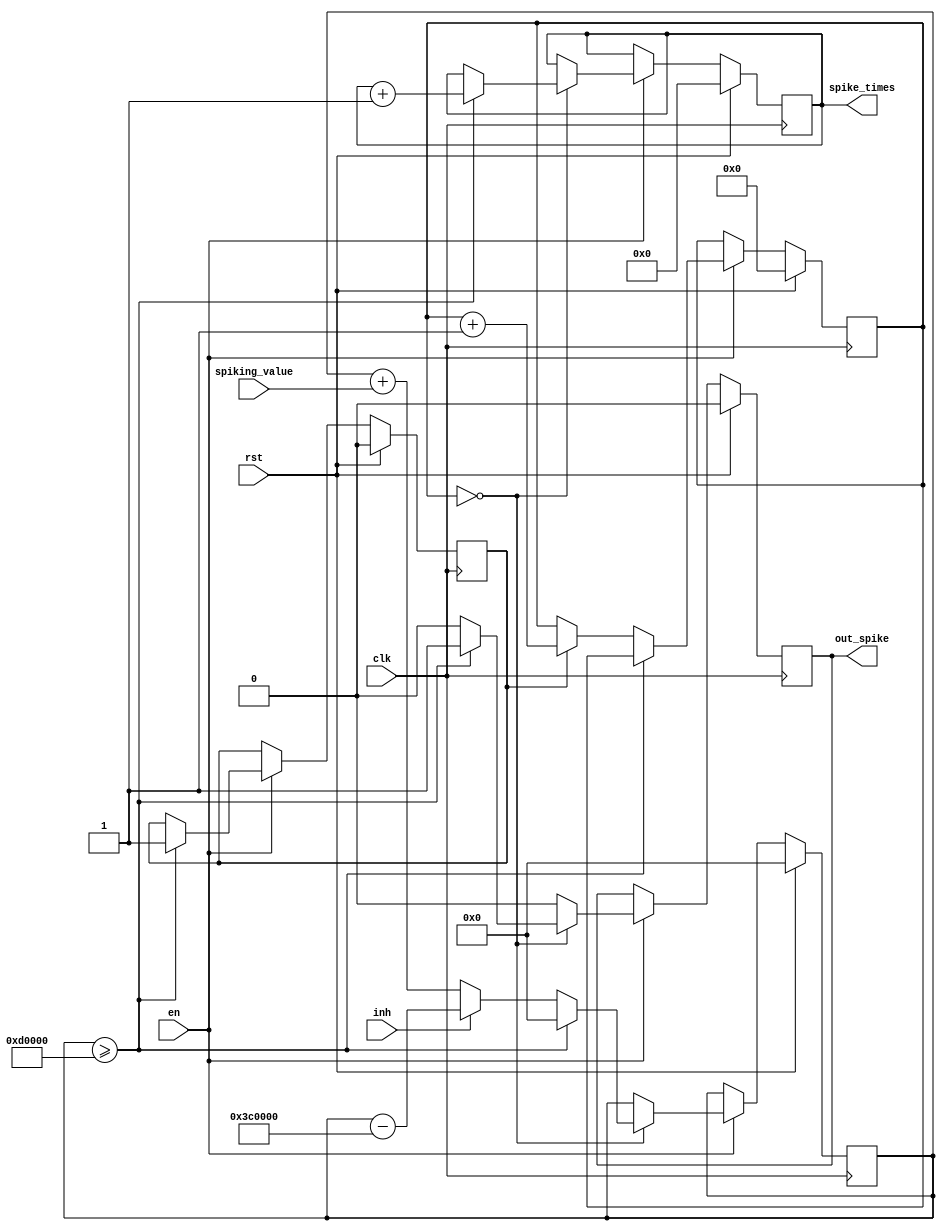
module exc_neuron #(
    parameter DW = 16, INT_DW = 8, REFRAC = 5, ENCODE_TIME = 23
)(
    // Clock, reset and enable
    input wire clk,
    input wire rst,
    input wire en,
    
    // Input spking values
    input wire signed [DW + INT_DW - 1 : 0] spiking_value,
    
    // Input inh
    input wire inh,
    
    // Output spikes and spike cnt
    output reg out_spike,
    output reg [31 : 0] spike_times
    );
    
    localparam inh_value = 24'h3c0000;
    localparam threshold = 24'h0d0000;
    localparam reset_v = 24'd0;
    
    reg signed [DW + INT_DW - 1 : 0] potential;
    reg [3 : 0] refractory_cnt;
    always@(posedge clk) begin
        if(rst) begin
            potential <= 0;
            out_spike <= 0;
            spike_times <= 0;
        end
        else if(en) begin
            if(refractory_cnt == 4'd0) begin
                potential <= potential + spiking_value;
                if(inh) begin
                    potential <= potential - inh_value;
                end
                if(potential >= threshold) begin
                    potential <= reset_v;
                    out_spike <= 1'b1;
                    spike_times <= spike_times + 1;
                end
                else out_spike <= 1'b0;
            end
            else begin
                potential <= potential;         
                out_spike <= 1'b0;
                spike_times <= spike_times;   
            end
        end
    end
   
   reg refractory_en;
    always@(posedge clk) begin
        if(rst) begin 
            refractory_cnt <= 0;
            refractory_en <= 0;
        end
        else if(en) begin
            if(refractory_cnt == REFRAC * ENCODE_TIME) begin
                refractory_cnt <= 0;
                refractory_en <= 1'b0;
            end
            if(potential >= threshold) begin
                refractory_en <= 1'b1;
            end
            else if (refractory_en) begin
                refractory_cnt <= refractory_cnt + 1;
            end
        end
    end
    
endmodule
module input_neuron #(
    parameter ENCODE_TIME = 23, T_WINDOW = 250
)(
    // Clock, reset and enable
    input wire clk,
    input wire rst,
    input wire en,
    
    // Original spikes and result bit
    input wire [T_WINDOW - 1 : 0] origin_spike,
    output wire spike_infor
);

    wire [ENCODE_TIME * (T_WINDOW - 1) + T_WINDOW : 0] dest_spike;
    reg [ENCODE_TIME * (T_WINDOW - 1) + T_WINDOW : 0] spikes;
    generate 
        genvar i;
        for(i = 0; i < T_WINDOW; i = i + 1) begin
            assign dest_spike[(ENCODE_TIME + 1) * (i + 1) - 1 : (ENCODE_TIME + 1) * i + 1] = 0;
            assign dest_spike[(ENCODE_TIME + 1) * i] = origin_spike[i];
        end
    endgenerate
    
    reg [32 : 0] cnt;
    always@(posedge clk) begin
        if(rst) cnt <= 0;
        else if(en) begin
            if(cnt < T_WINDOW * (ENCODE_TIME + 1)) cnt <= cnt + 1;
            else cnt <= cnt;
        end
    end
    
    wire shift_en;
    assign shift_en = (cnt <= T_WINDOW * (ENCODE_TIME + 1));
    always@(posedge clk) begin
        if(rst) begin 
            spikes <= dest_spike;
        end
        else if(en & shift_en) begin
            spikes <= spikes >> 1;
        end
    end
    
    assign spike_infor = spikes[0];

endmodule